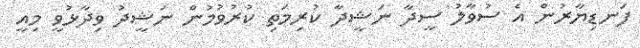
ފަނޑިޔާރުން އެ ސުވާލު ސީދާ ނަޝީދާ ކުރިމަތި ކުރުވުމުން ނަޝީދު ވިދާޅުވީ މިއީ